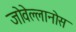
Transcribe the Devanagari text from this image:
जोवेल्लानोस